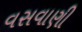
વસવાણી